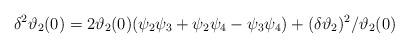
LaTeX: \begin{align*} \delta^2\vartheta_2(0) = 2\vartheta_2(0)(\psi_2\psi_3+\psi_2\psi_4-\psi_3\psi_4)+(\delta\vartheta_2)^2/\vartheta_2(0)\end{align*}